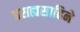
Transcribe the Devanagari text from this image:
प्रसह्यसाहिने